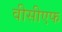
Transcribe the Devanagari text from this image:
वीसीएफ